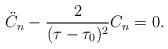
LaTeX: \begin{align*}\ddot{C}_{n}-\frac{2}{(\tau-\tau_0)^2}C_n=0.\end{align*}